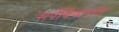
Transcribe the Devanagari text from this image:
सर्पविषारांत